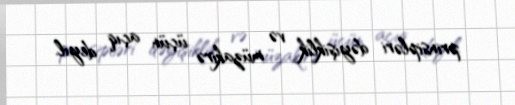
prinsipləri dəyişiklik və müzakirə üçün açıq deyil.